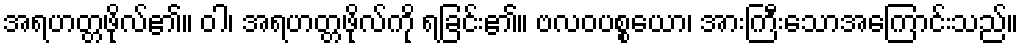
အရဟတ္တဖိုလ်၏။ ဝါ၊ အရဟတ္တဖိုလ်ကို ရခြင်း၏။ ဗလဝပစ္စယော၊ အားကြီးသောအကြောင်းသည်။